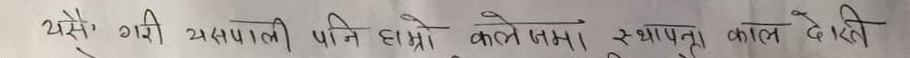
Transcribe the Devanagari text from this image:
यसै गरी यसपाली पनि हाम्रो कले जमा। स्थापना काल देति